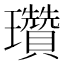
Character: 瓚